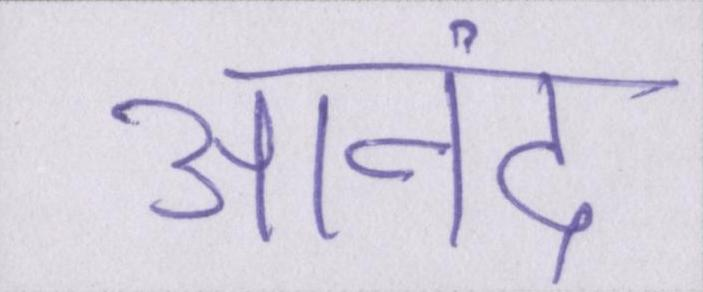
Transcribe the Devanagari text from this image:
आनंद